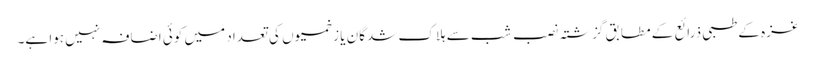
غزہ کے طبی ذرائع کے مطابق گزشتہ نصب شب سے ہلاک شدگان یا زخمیوں کی تعداد میں کوئی اضافہ نہیں ہوا ہے۔